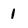
Character: 1